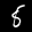
Label: 8